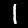
Label: 1